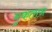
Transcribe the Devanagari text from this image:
मुकतान